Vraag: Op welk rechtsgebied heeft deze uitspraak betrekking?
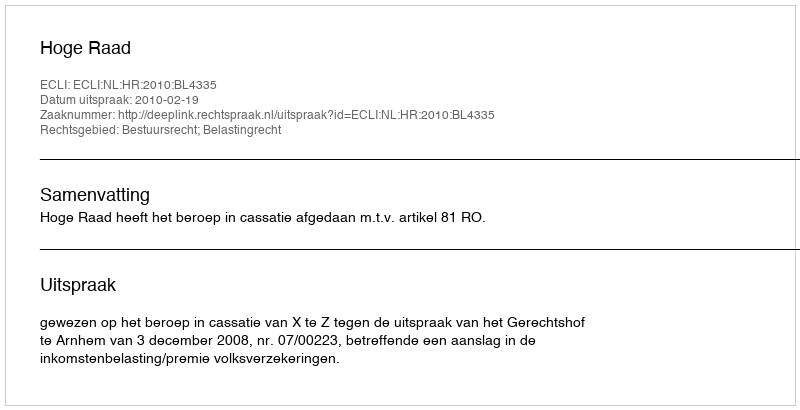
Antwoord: Bestuursrecht; Belastingrecht